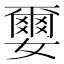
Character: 𫲅